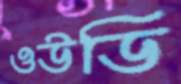
ওউডি